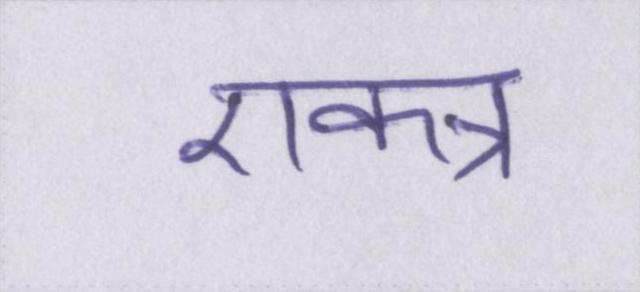
एकत्र